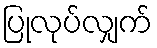
ပြုလုပ်လျှက်